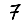
Digit: 7